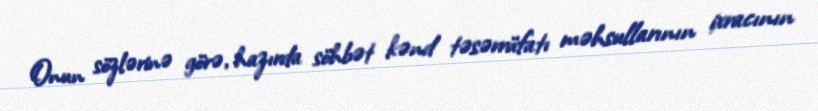
Onun sözlərinə görə, hazırda söhbət kənd təsərrüfatı məhsullarının ixracının